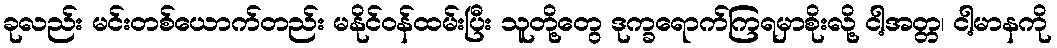
ခုလည်း မင်းတစ်ယောက်တည်း မနိုင်ဝန်ထမ်းပြီး သူတို့တွေ ဒုက္ခရောက်ကြရမှာစိုးလို့ ငါ့အတ္တ၊ ငါ့မာနကို